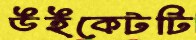
উইকেটটি